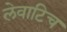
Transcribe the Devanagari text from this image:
लेवाटिच